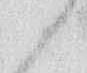
候